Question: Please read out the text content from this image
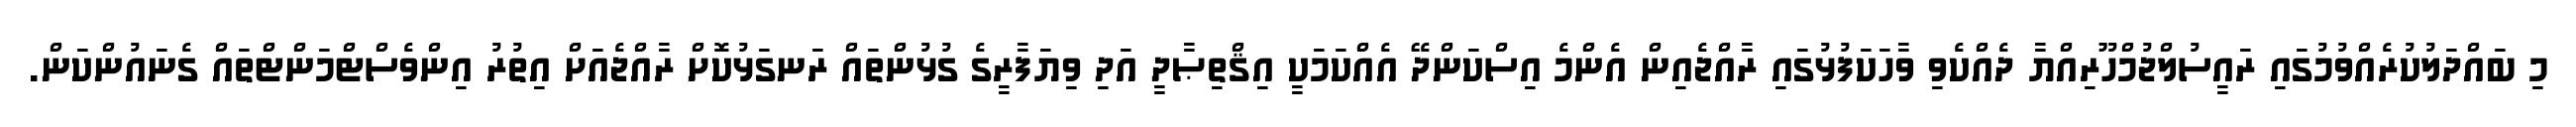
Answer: މި ބައްދަލުކުރެއްވުމުގައި ރައީސުލްޖުމްހޫރިއްޔާ ދެއްކެވި ވާހަކަފުޅުގައި ރާއްޖެއިން އެންމެ އިސްކަންދޭ އެއްކަމަކީ އިޤްތިޞާދީ އަދި ވިޔަފާރީގެ ގުޅުންތައް ރަނގަޅުކޮށް ރާއްޖެއަށް އިތުރު އިންވެސްޓްމަންޓްތައް ގެނައުންކަން.